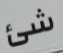
شئ